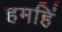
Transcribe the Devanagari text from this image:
हमहिं